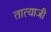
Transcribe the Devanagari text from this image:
तात्याजी